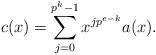
LaTeX: \begin{align*}c(x)=\sum_{j=0}^{p^k-1}x^{jp^{e-k}}a(x).\end{align*}